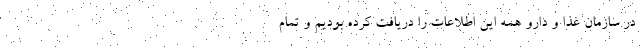
در سازمان غذا و دارو همه این اطلاعات را دریافت کرده بودیم و تمام